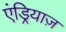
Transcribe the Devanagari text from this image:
एंड्रियाज़